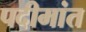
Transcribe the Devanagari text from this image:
पदीमांत